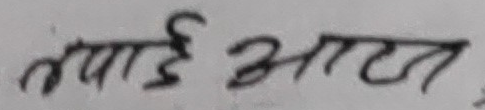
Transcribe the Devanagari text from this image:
तपाई आज